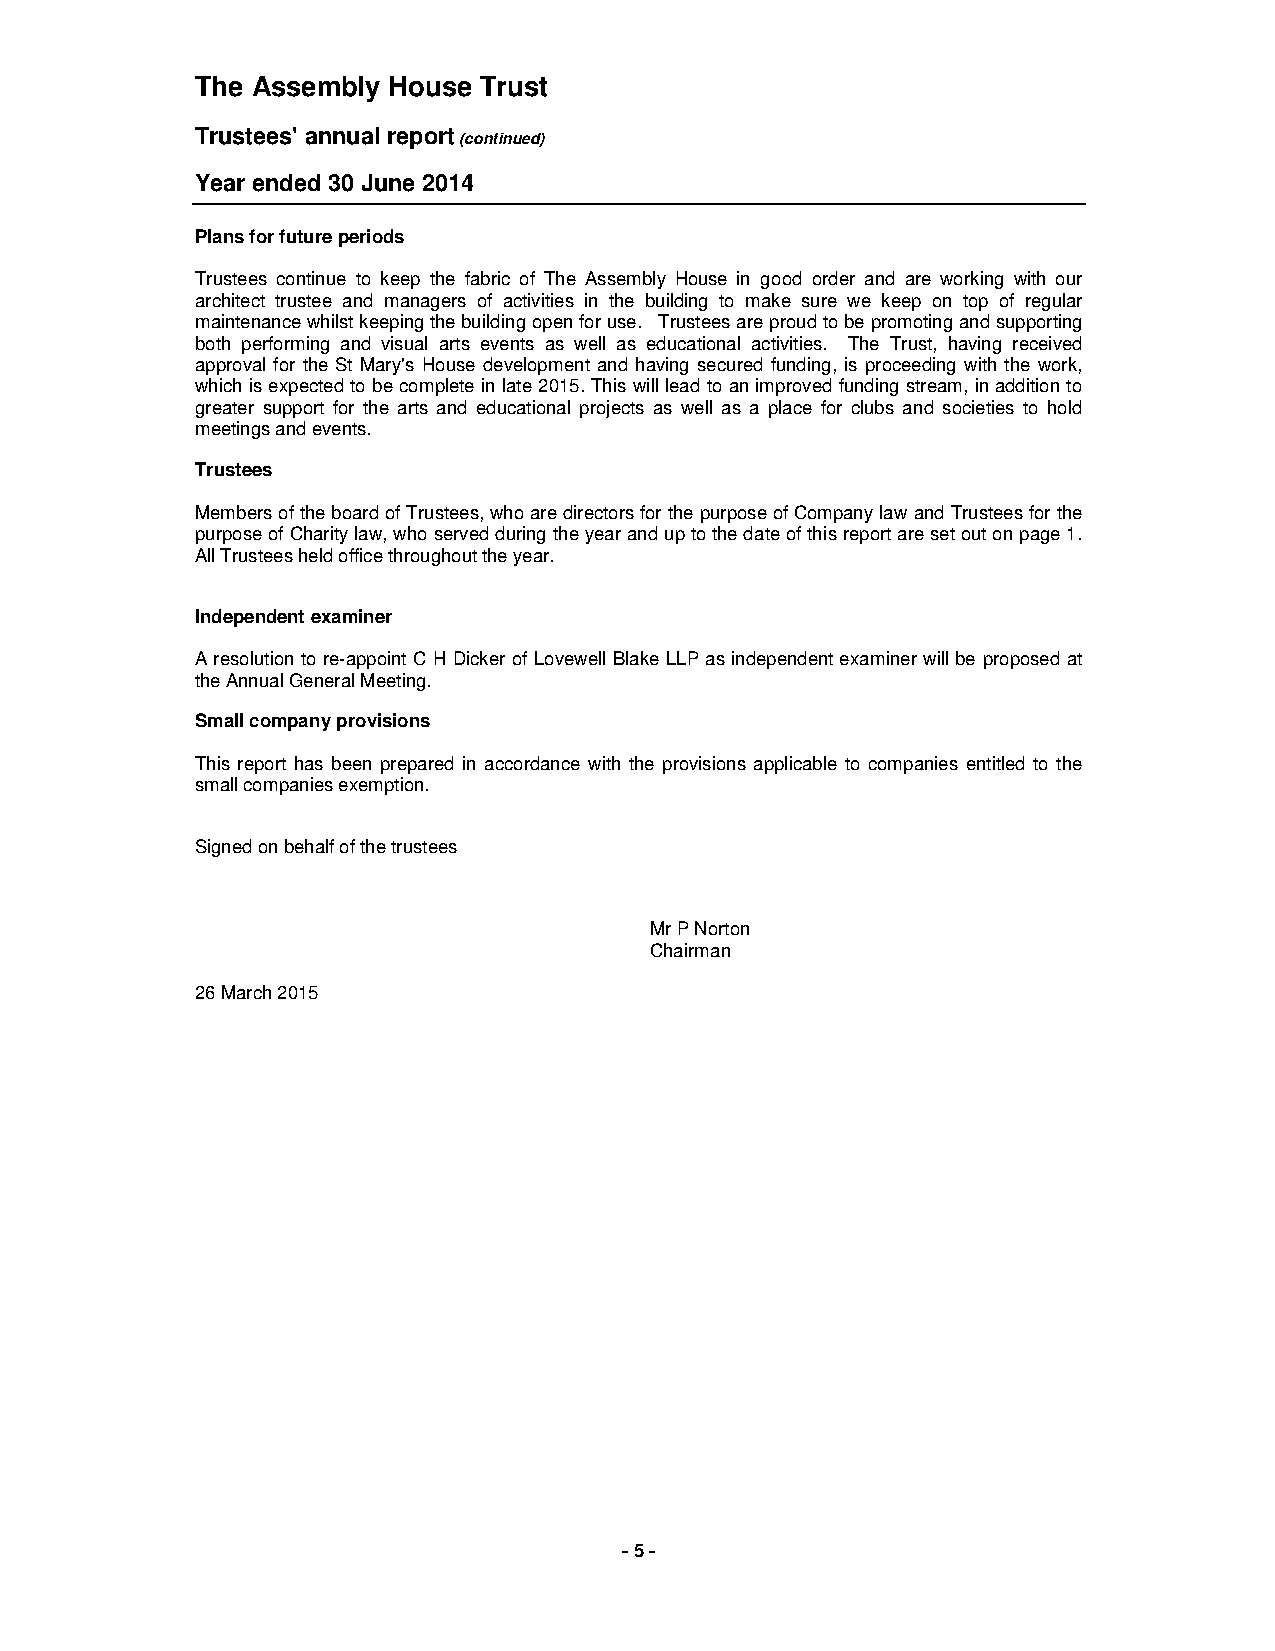
The Assembly House Trust
 Trustees' annual report (continued)
 Year ended 30 June 2014
 Plans for future periods
 Trustees continue to keep the fabric of The Assembly House in good order and are working with our
 architect trustee and managers of activities in the building to make sure we keep on top of regular
 maintenance whilst keeping the building open for use. Trustees are proud to be promoting and supporting
 both performing and visual arts events as well as educational activities. The Trust, having received
 approval for the St Mary's House development and having secured funding, is proceeding with the work,
 which is expected to be complete in late 2015. This will lead to an improved funding stream, in addition to
 greater support for the arts and educational projects as well as a place for clubs and societies to hold
 meetings and events.
 Trustees
 Members of the board of Trustees, who are directors for the purpose of Company law and Trustees for the
 purpose of Charity law, who served during the year and up to the date of this report are set out on page 1.
 All Trustees held office throughout the year.
 Independent examiner
 A resolution to re-appoint C H Dicker of Lovewell Blake LLP as independent examiner will be proposed at
 the Annual General Meeting.
 Small company provisions
 This report has been prepared in accordance with the provisions applicable to companies entitled to the
 small companies exemption.
 Signed on behalf of the trustees
 Mr P Norton
 Chairman
 26 March 2015
 - 5 -